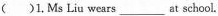
( )1.Ms Liu wears___at school.